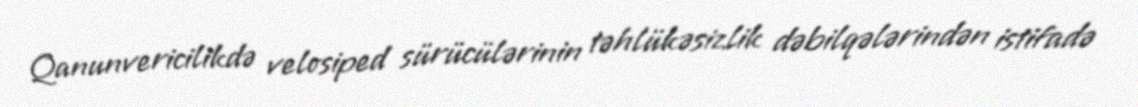
Qanunvericilikdə velosiped sürücülərinin təhlükəsizlik dəbilqələrindən istifadə